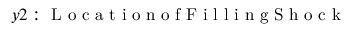
y 2 : \mathrm { ~ L ~ o ~ c ~ a ~ t ~ i ~ o ~ n ~ o ~ f ~ F ~ i ~ l ~ l ~ i ~ n ~ g ~ S ~ h ~ o ~ c ~ k ~ }